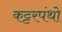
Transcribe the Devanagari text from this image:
कट्टरपंथो